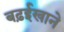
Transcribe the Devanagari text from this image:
बढ़ईखाने